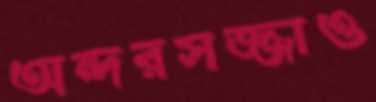
অন্দরসজ্জাও